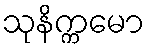
သုနိက္ကမော